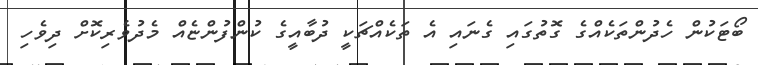
ބޯޓަކުން ހެދުންތަކެއްގެ ގޮތުގައި ގެނައި އެ ތަކެއްޗަކީ ދުބާއީގެ ކުންފުންޏެއް މެދުވެރިކޮށް ދިވެހި